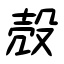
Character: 殻